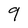
Character: 9